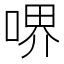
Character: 𠷟